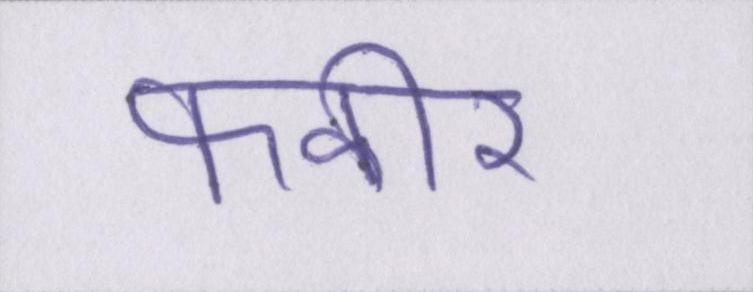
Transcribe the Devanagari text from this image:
फकीर